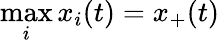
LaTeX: \operatorname*{max}_{i}x_{i}(t)=x_{+}(t)